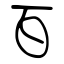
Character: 百